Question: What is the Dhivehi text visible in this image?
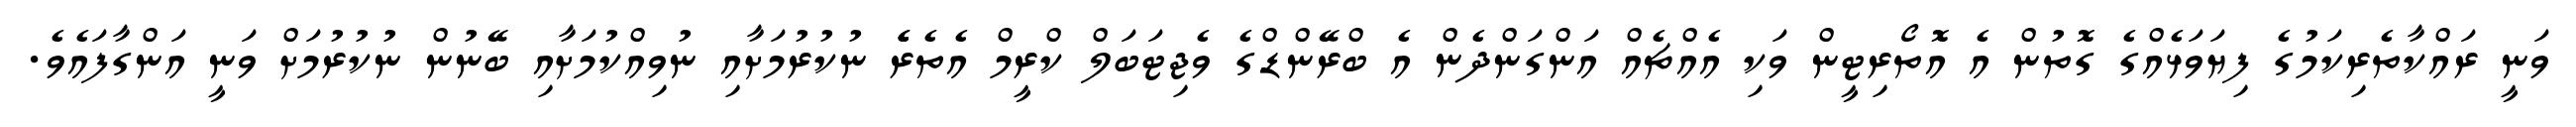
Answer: ވަނީ ރައްކާތެރިކަމުގެ ފިޔަވަޅެއްގެ ގޮތުން އެ އޮތޯރިޓީން ވަކި އެއްޗެއް އަންގަންދެން އެ ބްރޭންޑްގެ ވެޖިޓަބަލް ކްރީމް އެތެރެެ ނުކުރުމަށާއި ނުވިއްކުމަށާއި ބޭނުން ނުކުރުމަށް ވަނީ އަންގާފައެވެ.